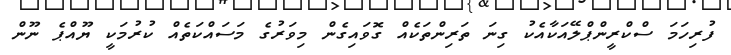
ފުރިހަމަ ސްކްރީންޕްލޭއަކާއެކު ގިނަ ތަރިންތަކެއް ގޮވައިގެން މިވަރުގެ މަސައްކަތެއް ކުރުމަކީ ޔޫއްޕެ ނޫން